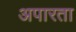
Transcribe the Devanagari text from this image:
अपारता